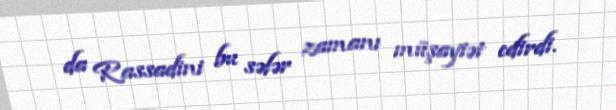
da Rassadini bu səfər zamanı müşayiət edirdi.